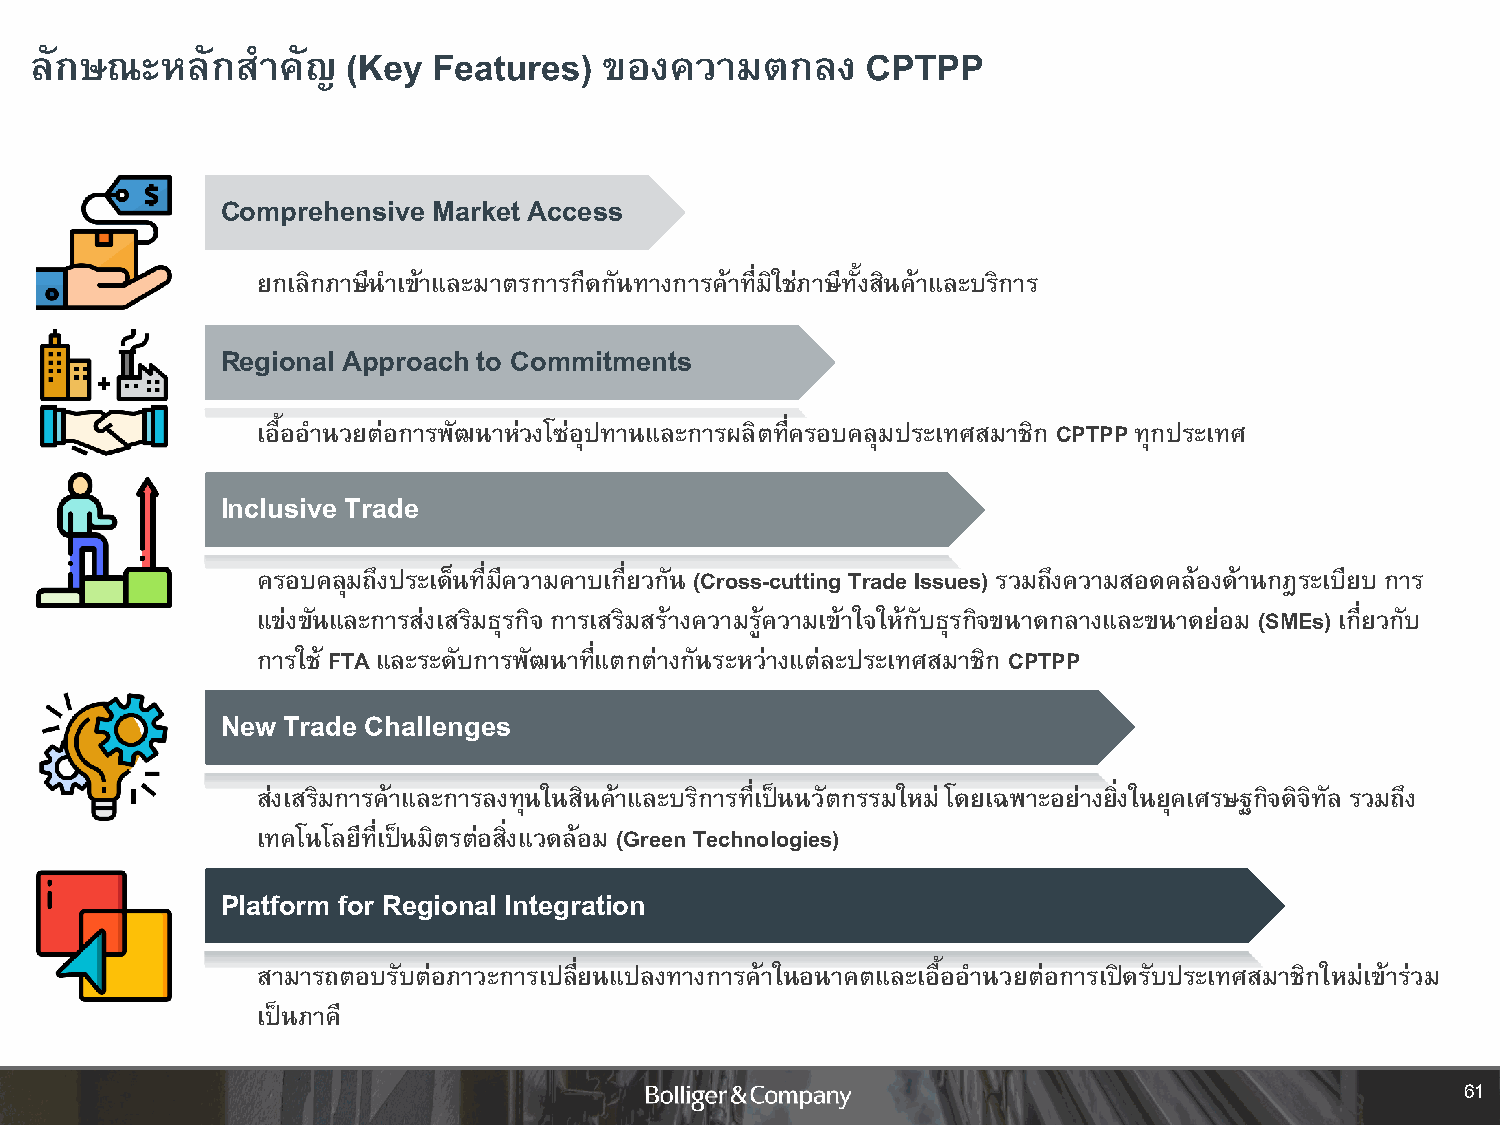
ลักษณะหลักส    าคัญ  (Key  Features)  ของความตกลง      CPTPP
 Comprehensive Market Access
 ยกเลิกภาษีน าเข้าและมาตรการกีดกันทางการค้าที่มิใช่ภาษีทั้งสินค้าและบริการ
 Regional Approach to Commitments
 เอื้ออ านวยต่อการพัฒนาห่วงโซ่อุปทานและการผลิตที่ครอบคลุมประเทศสมาชิก CPTPP ทุกประเทศ
 Inclusive Trade
 ครอบคลุมถึงประเด็นที่มีความคาบเกี่ยวกัน (Cross-cutting Trade Issues) รวมถึงความสอดคล้องด้านกฎระเบียบ การ
 แข่งขันและการส่งเสริมธุรกิจ การเสริมสร้างความรู้ความเข้าใจให้กับธุรกิจขนาดกลางและขนาดย่อม (SMEs) เกี่ยวกับ
 การใช้ FTA และระดับการพัฒนาที่แตกต่างกันระหว่างแต่ละประเทศสมาชิก CPTPP
 New Trade Challenges
 ส่งเสริมการค้าและการลงทุนในสินค้าและบริการที่เป็นนวัตกรรมใหม่ โดยเฉพาะอย่างยิ่งในยุคเศรษฐกิจดิจิทัล รวมถึง
 เทคโนโลยีที่เป็นมิตรต่อสิ่งแวดล้อม (Green Technologies)
 Platform for Regional Integration
 สามารถตอบรับต่อภาวะการเปลี่ยนแปลงทางการค้าในอนาคตและเอื้ออ านวยต่อการเปิดรับประเทศสมาชิกใหม่เข้าร่วม
 เป็นภาคี
 61